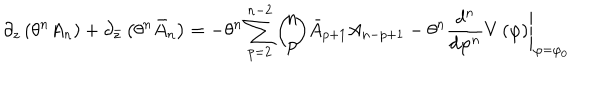
LaTeX: \partial _ { z } \left( \theta ^ { n } A _ { n } \right) + \partial _ { \bar { z } } \left( \theta ^ { n } \bar { A } _ { n } \right) = - \theta ^ { n } \sum _ { p = 2 } ^ { n - 2 } \left( \! \! \begin{array} { c } { { n } } \\ { { p } } \\ \end{array} \! \! \right) \! \bar { A } _ { p + 1 } A _ { n - p + 1 } - \theta ^ { n } \left. \frac { d ^ { n } } { d \varphi ^ { n } } V \left( \varphi \right) \right| _ { \varphi = \varphi _ { 0 } }